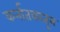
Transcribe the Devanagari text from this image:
कर्नातकातून